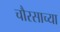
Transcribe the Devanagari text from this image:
चौरसाच्या